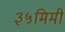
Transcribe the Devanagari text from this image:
३५मिमी